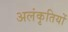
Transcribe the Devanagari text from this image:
अलंकृतियों